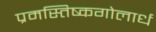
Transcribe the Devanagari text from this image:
प्रमस्तिष्कगोलार्ध